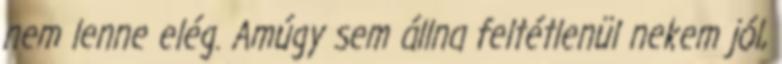
nem lenne elég. Amúgy sem állna feltétlenül nekem jól,